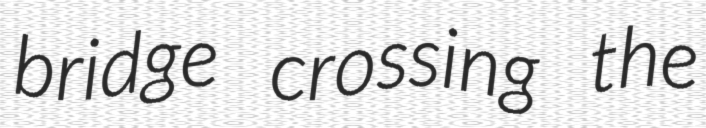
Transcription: bridge crossing the